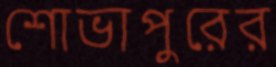
শোভাপুরের